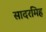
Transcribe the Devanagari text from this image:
सादरमिह